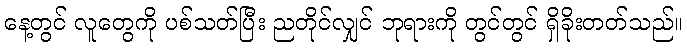
နေ့တွင် လူတွေကို ပစ်သတ်ပြီး ညတိုင်လျှင် ဘုရားကို တွင်တွင် ရှိခိုးတတ်သည်။